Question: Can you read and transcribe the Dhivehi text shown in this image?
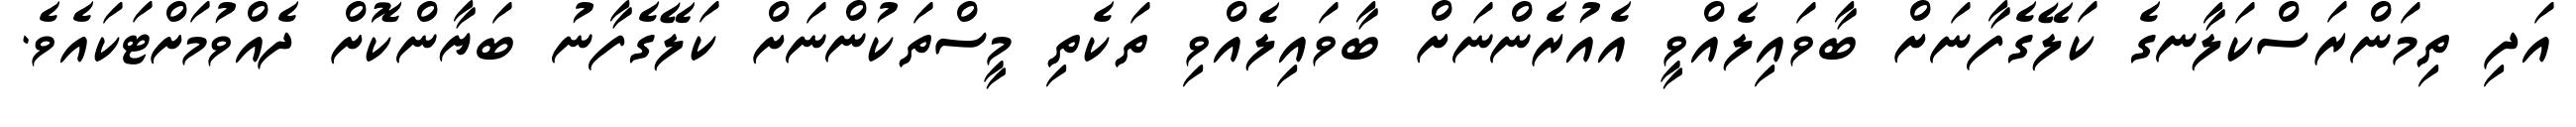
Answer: އަދި ތިމަންރަސްކަލާނގެ ކަލޭގެފާނަށް ބާވައިލެއްވީ އެއުރެންނަށް ބާވައިލެއްވި ތަކެތި މީސްތަކުންނަށް ކަލޭގެފާނު ބަޔާންކޮށް ދެއްވުމަށްޓަކައެވެ.